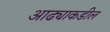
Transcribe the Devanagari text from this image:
आढ्याकडील